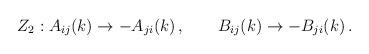
LaTeX: \begin{align*} Z_2 :A_{ij}(k)\rightarrow -A_{ji}(k)\,, \qquad B_{ij}(k)\rightarrow -B_{ji}(k)\,.\end{align*}